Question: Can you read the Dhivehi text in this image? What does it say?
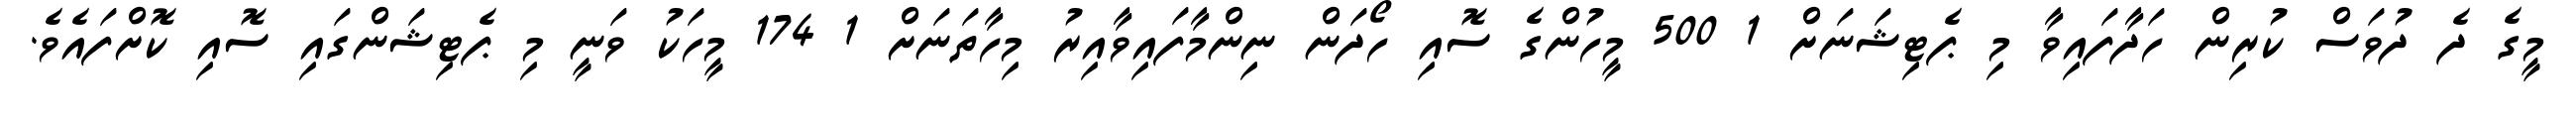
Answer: މީގެ ދެ ދުވަސް ކުރިން ހަދާފައިވާ މި ޕެޓިޝަނަށް 1 500 މީހުންގެ ސޮއި ހޯދަން ނިންމާފައިވާއިރު މިހާތަނަށް 1 174 މީހަކު ވަނީ މި ޕެޓިޝަންގައި ސޮއި ކޮށްފައެވެ.